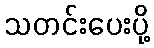
သတင်းပေးပို့